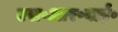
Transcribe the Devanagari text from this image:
एस॰आर॰वाई॰